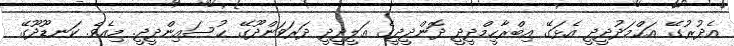
އެދުރުގޭ އަޙްމަދުދީދީ އެޅަގޭ އިބްރާހީމްދީދީ ދޮންދީދީގެ ޢަލީދީދީ ދަރަވަންދޫގޭ ޙުސައިންދީދީ. މިއެވެ. ކަނޑޫދޫގޭ